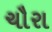
ચૌરા